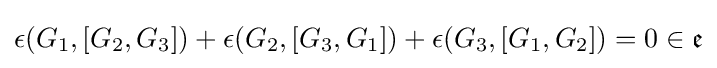
\epsilon (G_{1},[G_{2},G_{3}])+\epsilon (G_{2},[G_{3},G_{1}])+\epsilon (G_{3},[G_{1},G_{2}])=0\in {\mathfrak {e}}